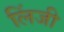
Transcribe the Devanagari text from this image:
लिंजी